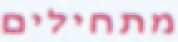
מתחילים